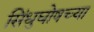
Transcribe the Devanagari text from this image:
सिंधुघोषच्या